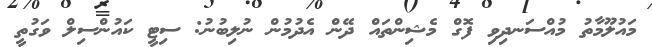
މައުލޫމާތު މުއްސަނދިވި ފޮގް މެޝިންތައް ދޭން އެދުމުން ނުލިބުނު: ސިޓީ ކައުންސިލް ވަގުތީ